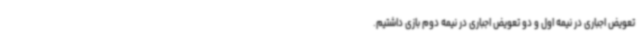
تعویض اجباری در نیمه اول و دو تعویض اجباری در نیمه دوم بازی داشتیم.